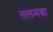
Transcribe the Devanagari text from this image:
तलमबा